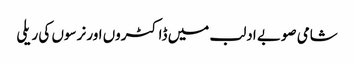
شامی صوبے ادلب میں ڈاکٹروں اور نرسوں کی ریلی